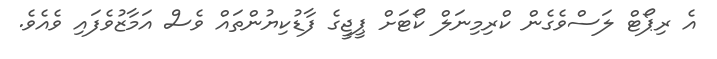
އެ ރިޕޯޓް ލަސްވެގެން ކްރިމިނަލް ކޯޓަށް ޕީޖީގެ ފާޑުކިޔުންތައް ވެސް އަމާޒުވެފައި ވެއެވެ.